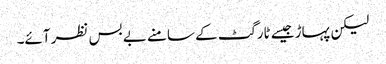
لیکن پہاڑ جیسے ٹارگٹ کے سامنے بے بس نظر آئے۔